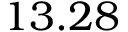
1 3 . 2 8